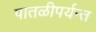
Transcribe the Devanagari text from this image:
पातळीपर्यन्त